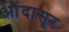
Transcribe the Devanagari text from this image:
औंदासूर